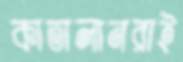
কাতালানরাই